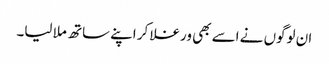
ان لوگوں نے اسے بھی ورغلا کر اپنے ساتھ ملا لیا۔